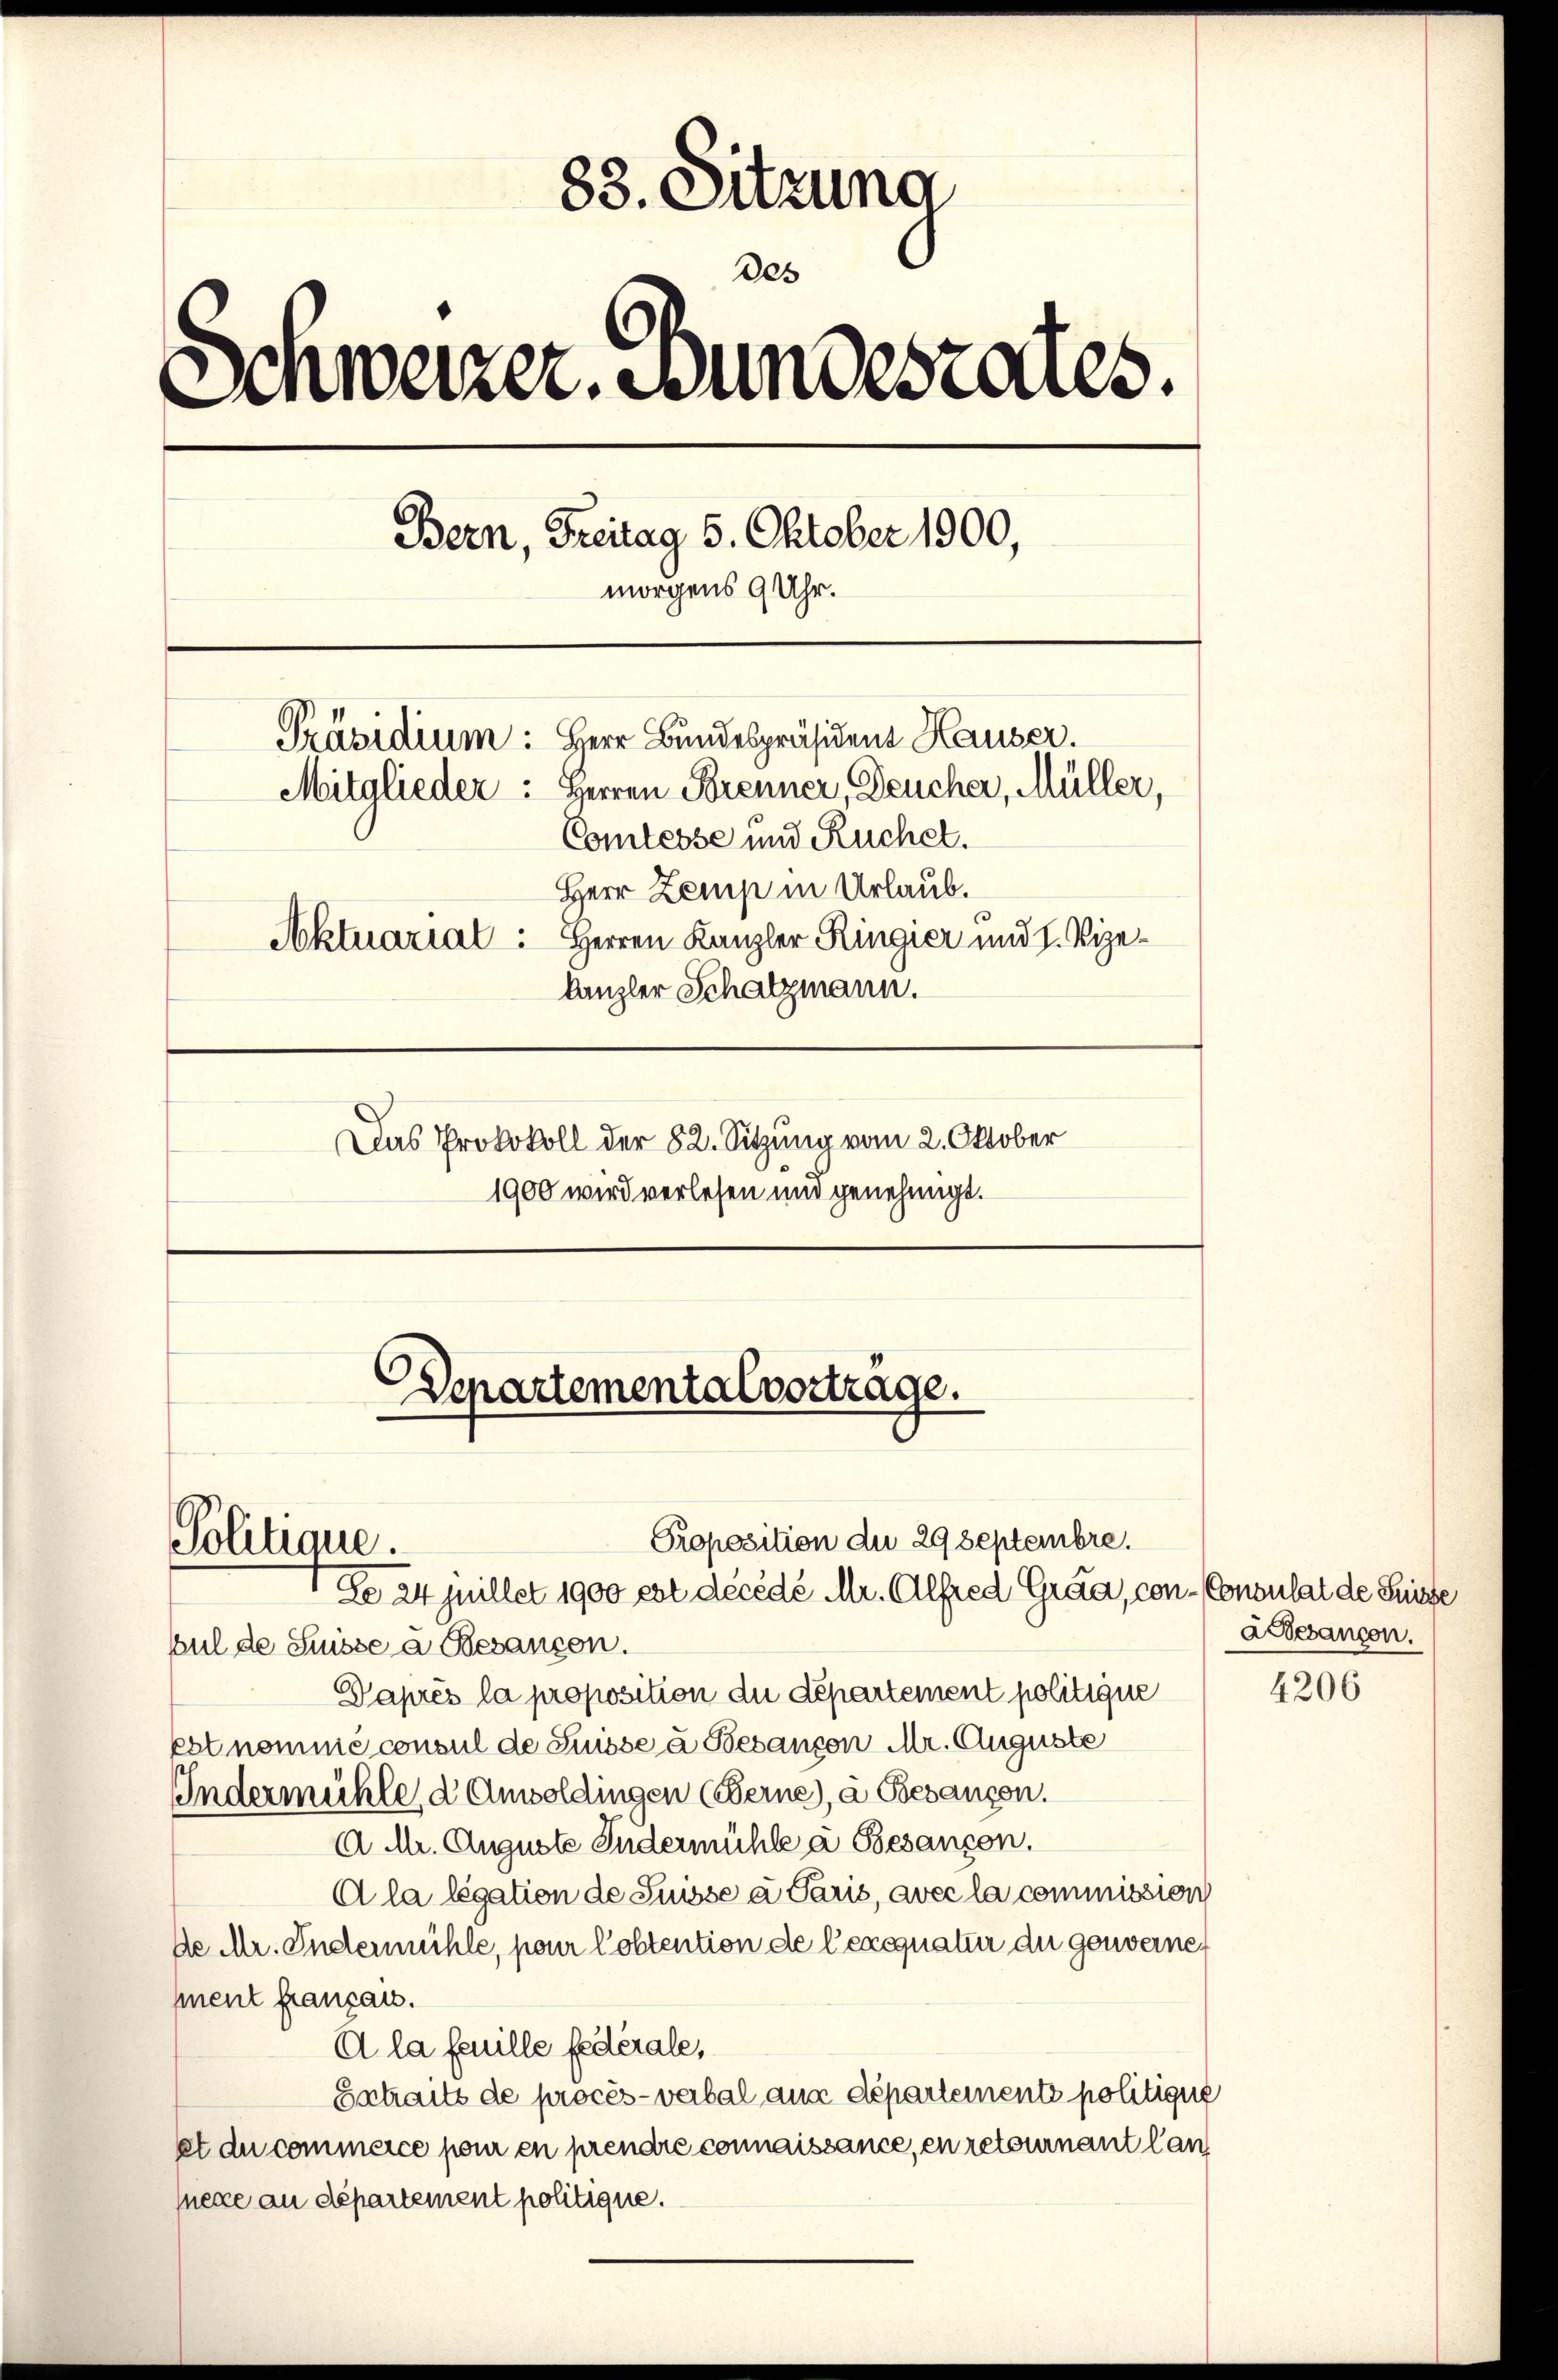
83. Sitzung
des
Schweizer. Bundestalles.
Bern, Freitag 5. Oktober 1900,
morgens 9 Uhr.
Präsidium: Herr Bundespräsident Hauser.
Mitglieder: Herren Brenner, Deucher, Müller,
Comtesse und Ruchel.
Herr Zemp in Urlaub.
Aktuarial: Herren Kanzler Ringier und H. Vizekanzler Schatzmann.
Das Protokoll der 82. Sitzung vom 2. Oktober
1900 wird verlesen und genehmigt.

Proposition du 29 Septembre.
Do 24 juillet 1900 est décédé Mr. Alfred Grad, con - Consulat de Seite
bul de Suisse a Besançon.
Daprès la proposition du département politique
est nomme consul de Suisse à Besançon Mr. Auguste
Indermühle, d Ansoldingen (Berne), à Besangen.
A. M. Auguste Indermühle à Besançon,
A la légation de Suisse a Paris, avec la commission
De Mr. Andermühle, pour Costention de Cexequatur die genvernement franzau.
A la feuille federale,
Extraits de procès-verbal aus départements politique
et du commerce pour en prendre connaissance, en retournant lannege an departement politique.

Politique.

Departemental vortrage.

a Gesançon.

4206